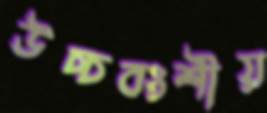
উচ্চবংশীয়